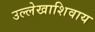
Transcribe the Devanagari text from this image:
उल्लेखाशिवाय